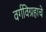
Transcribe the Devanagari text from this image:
वर्गविग्रहाचे